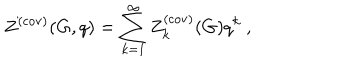
Z ^ { ( \mathrm { c o v ) } } ( G , q ) = \sum _ { k = 1 } ^ { \infty } Z _ { k } ^ { ( \mathrm { c o v ) } } ( G ) q ^ { k } ~ ,